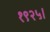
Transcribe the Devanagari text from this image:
१९२५।